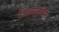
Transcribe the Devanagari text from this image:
ग्रिस्सोम